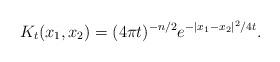
LaTeX: \begin{align*} K_t(x_1, x_2) = (4\pi t)^{-n/2} e^{-|x_1 - x_2|^2/ 4t}.\end{align*}